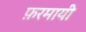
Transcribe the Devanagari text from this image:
फ़रमायी